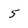
Character: 5